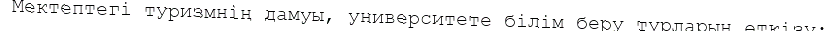
Мектептегі туризмнің дамуы, университете білім беру турларын өткізу;